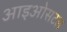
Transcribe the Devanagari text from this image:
आइओसटल